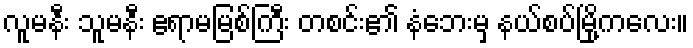
လူမနီး သူမနီး ဧရာမမြစ်ကြီး တစင်း၏ နံဘေးမှ နယ်စပ်မြို့ကလေး။